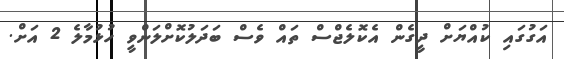
އަގުގައި ކުއްޔަށް ދީގެން އެކޮލެޖްސް ތައް ވެސް ބަދަލުކޮށްލަންވީ ހުޅުމާލެ 2 އަށް.